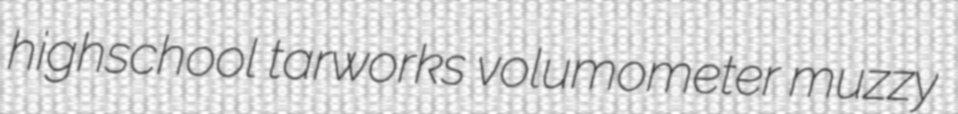
highschool tarworks volumometer muzzy